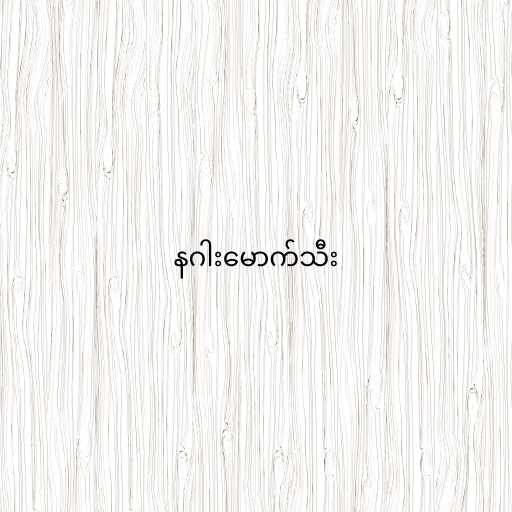
နဂါးမောက်သီး